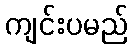
ကျင်းပမည်